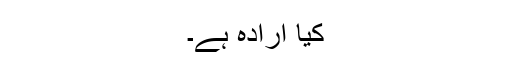
کیا ارادہ ہے۔